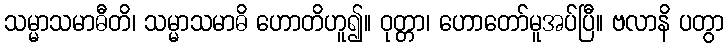
သမ္မာသမာဓီတိ၊ သမ္မာသမာဓိ ဟောတိဟူ၍။ ဝုတ္တာ၊ ဟောတော်မူအပ်ပြီ။ ဗလာနိ ပတွာ